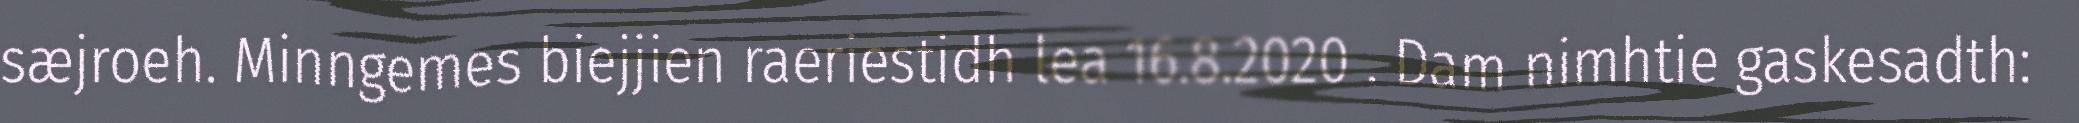
sæjroeh. Minngemes biejjien raeriestidh lea 16.8.2020 . Dam nimhtie gaskesadth: